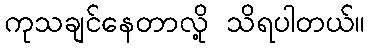
ကုသချင်နေတာလို့ သိရပါတယ်။